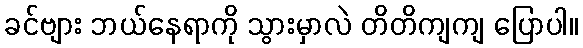
ခင်ဗျား ဘယ်နေရာကို သွားမှာလဲ တိတိကျကျ ပြောပါ။